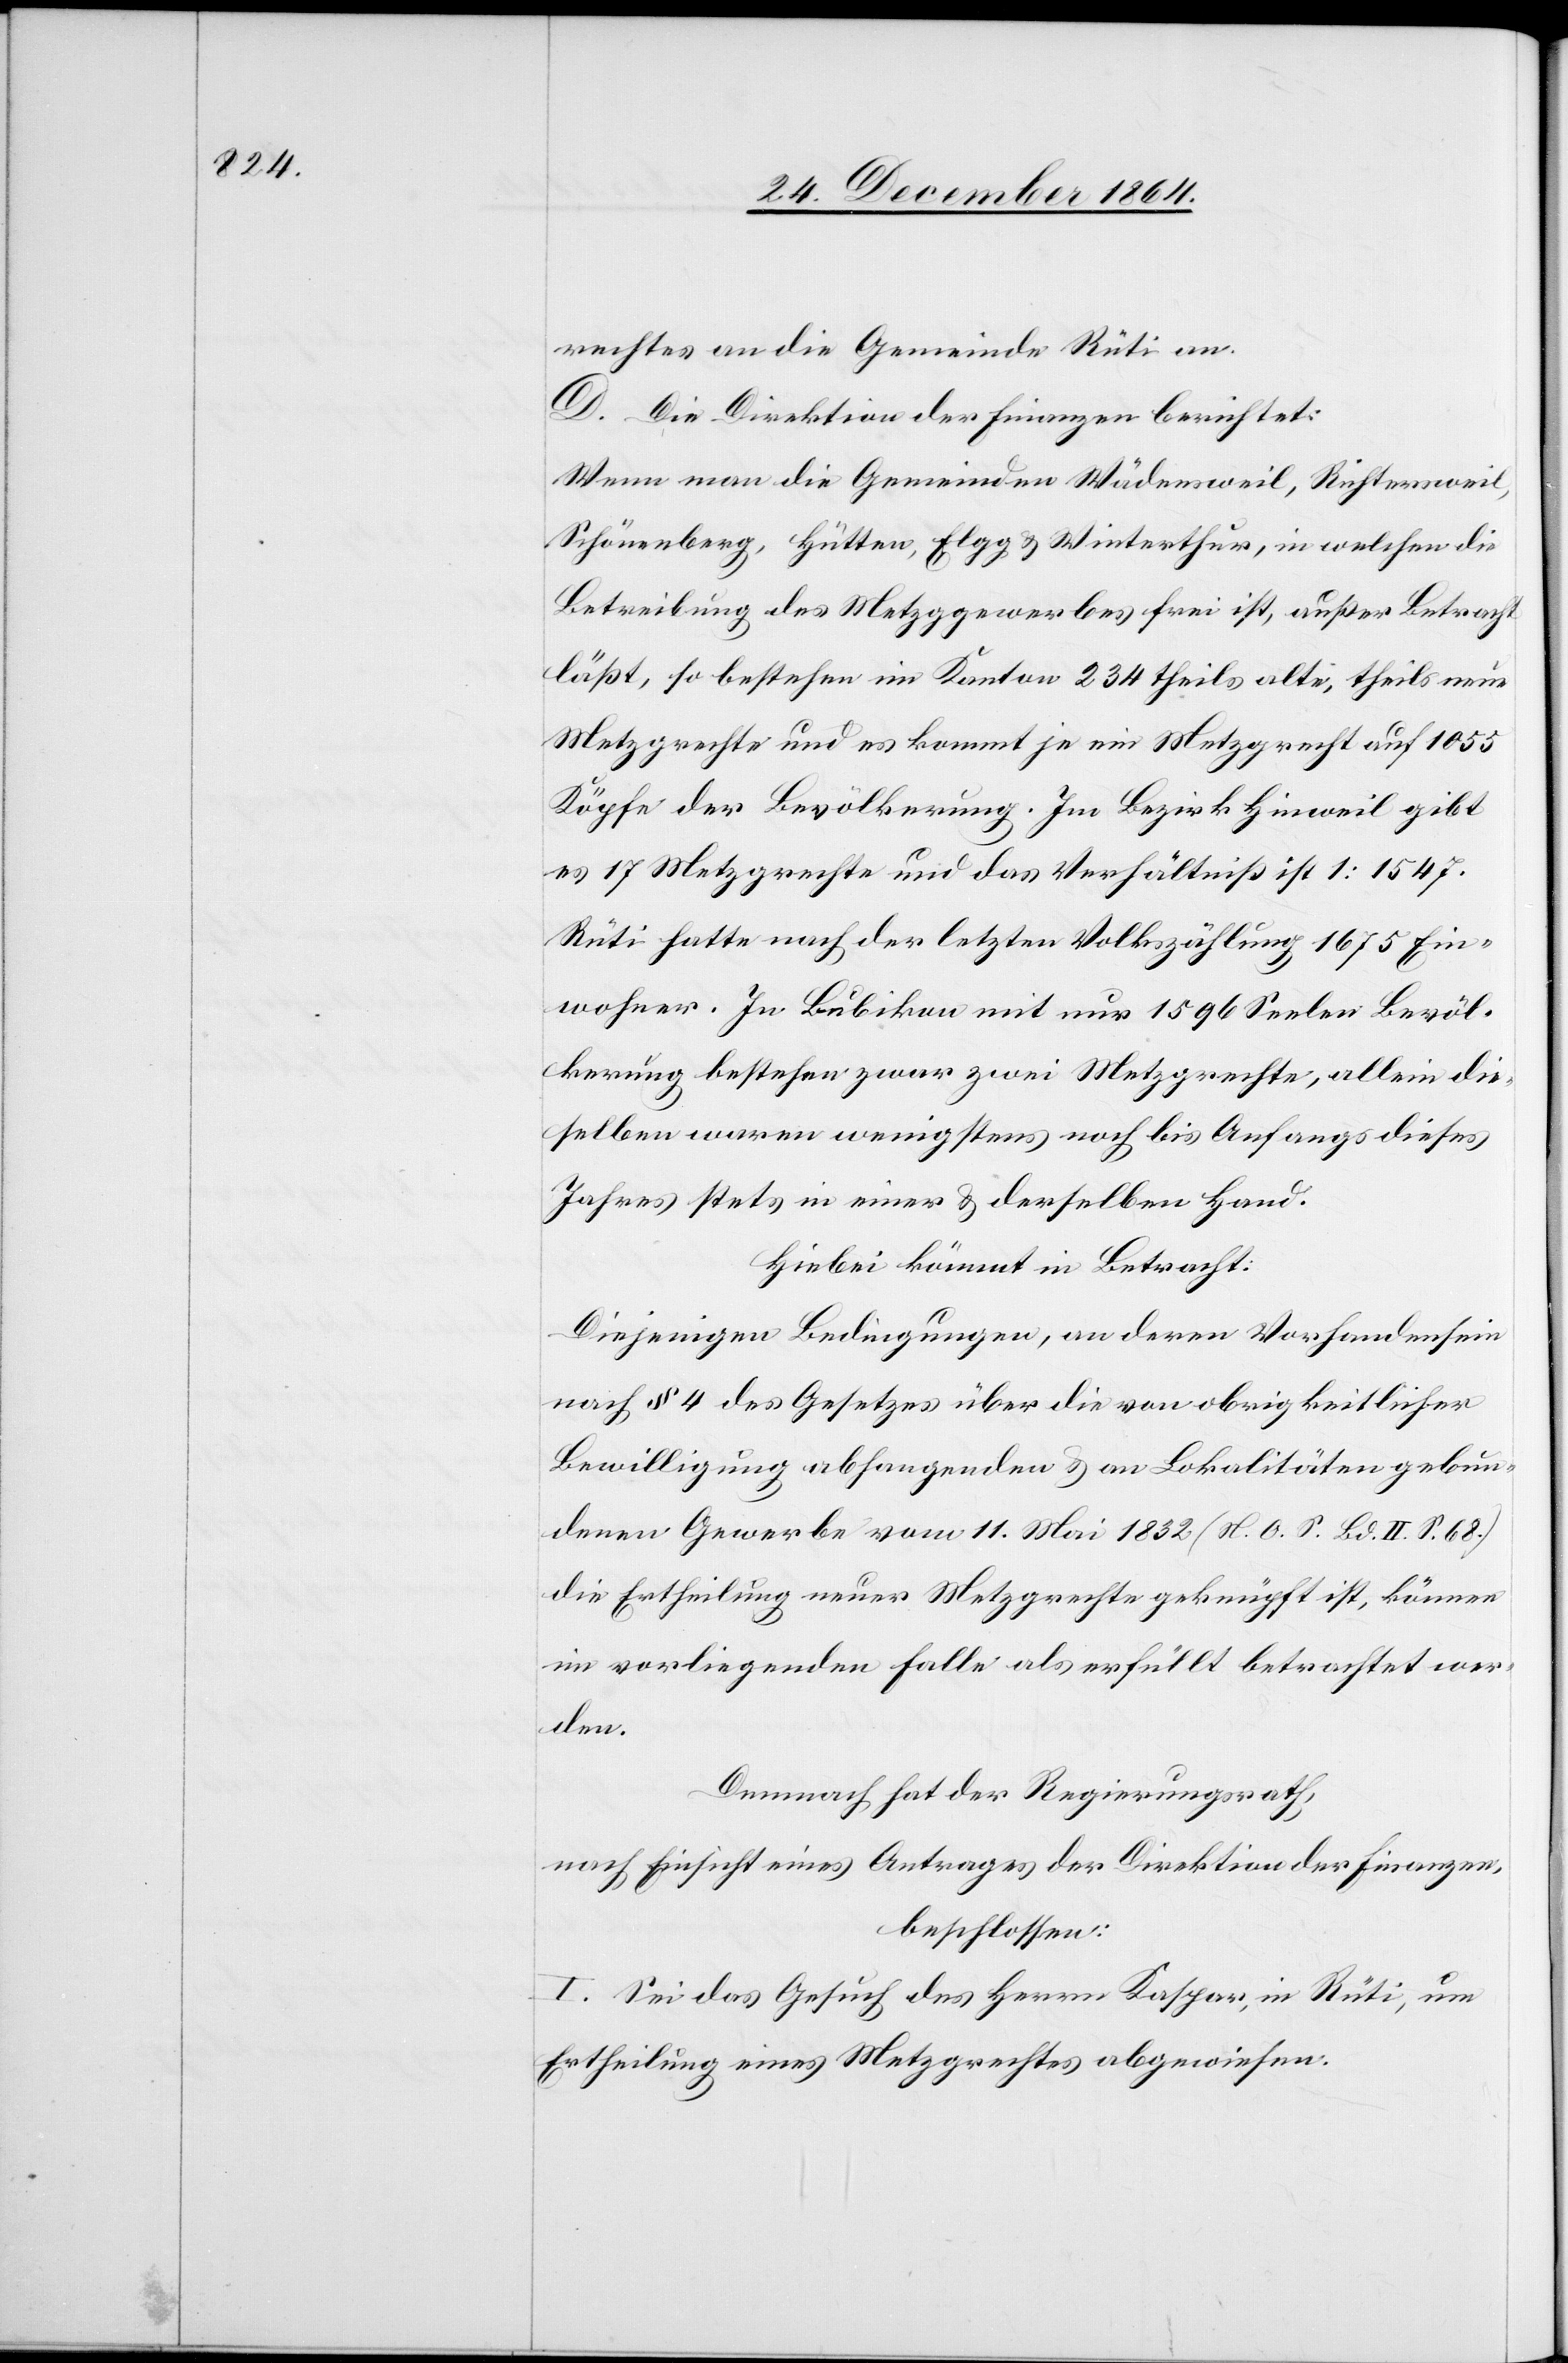
rechtes an die Gemeinde Rüti an.
D. Die Direktion der Finanzen berichtet:
Wenn man die Gemeinden Wädensweil, Richtersweil,
Schönenberg, Hütten, Elgg & Winterthur, in welchen die
Betreibung des Metzggewerbes frei ist, außer Betracht
läßt, so bestehen im Kanton 234 theils alte, theils neue
Metzgrechte und es kommt je ein Metzgrecht auf 1 055
Köpfe der Bevölkerung. Im Bezirk Hinweil gibt
es 17 Metzgrechte und das Verhältniß ist 1 : 1 547.
Rüti hatte nach der letzten Volkszählung 1 675 Ein¬
wohner. In Bubikon mit nur 1 596 Seelen Bevöl¬
kerung bestehen zwar zwei Metzgrechte, allein die¬
selben waren wenigstens noch bis Anfangs dieses
Jahres stets in einer & derselben Hand.
Hiebei kommt in Betracht:
Diejenigen Bedingungen, an deren Vorhandensein
nach § 4 des Gesetzes über die von obrigkeitlicher
Bewilligung abhangenden & an Lokalitäten gebun¬
denen Gewerbe vom 11. Mai 1832 (N. O. S. Bd. II. S. 68.)
die Ertheilung neuer Metzgrechte geknüpft ist, können
im vorliegenden Falle als erfüllt betrachtet wer¬
den.
Demnach hat der Regierungsrath,
nach Einsicht eines Antrages der Direktion der Finanzen,
beschlossen:
I. Sei das Gesuch des Herrn Kaspar, in Rüti, um
Ertheilung eines Metzgrechtes abgewiesen.